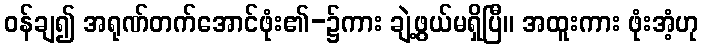
ဝန်ချ၍ အရုဏ်တက်အောင်ဖုံး၏-၌ကား ချဲ့ဖွယ်မရှိပြီ။ အထူးကား ဖုံးအံ့ဟု